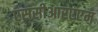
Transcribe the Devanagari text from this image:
एससीआरएएम